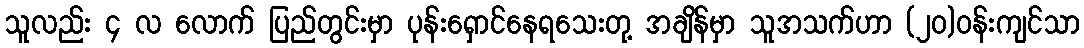
သူလည်း ၄ လ လောက် ပြည်တွင်းမှာ ပုန်းရှောင်နေရသေးတု့ အချိန်မှာ သူအသက်ဟာ (၂၀)၀န်းကျင်သာ